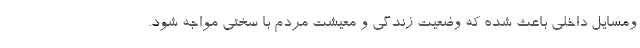
ومسایل داخلی باعث شده که وضعیت زندگی و معیشت مردم با سختی مواجه شود.